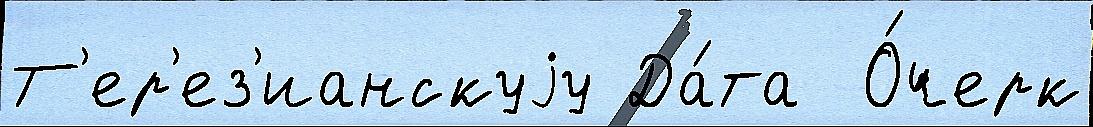
Т'ер'ез'ианскуjу Да́та  О́черк